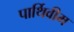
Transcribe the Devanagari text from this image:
पार्थिवीम